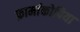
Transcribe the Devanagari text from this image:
फ़ार्माकोपिया